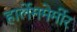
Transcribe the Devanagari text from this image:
हार्लेममेर्मीर